Vaccination North-Western Provinces 1866-1877 - 1866-1877
Year: 1866
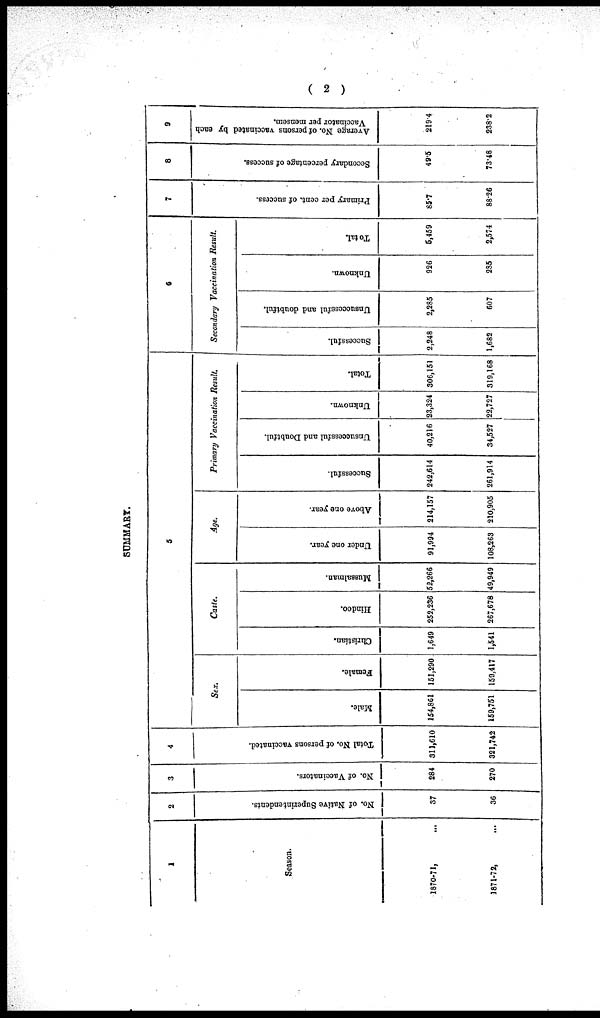
( 2 )
SUMMARY.
1
Season.
1870-71, ...
1871-72, ...
2
No. of Native Superintendents.
37
36
3
No. of Vaccinators.
284
270
4
Total No. of persons vaccinated.
311,610
321,742
5
Sex.
Male.
154,861
159,751
Female.
151,290
159,417
Caste.
Christian.
1,649
1,541
Hindoo.
252,236
267,678
Mussalman.
52,266
49,949
Age.
Under one year.
91,994
108,263
Above one year.
214,157
210,905
Primary Vaccination Result.
Successful.
242,614
261,914
Unsuccessful and Doubtful.
40,216
34,527
Unknown.
23,324
22,727
Total.
306,151
319,168
6
Secondary Vaccination Result.
Successful.
2,248
1,682
Uns uc c e s
s
f
ul and doubt f ul .
2,285
607
Un k n o wn .
926
285
Tot al .
5,459
2,574
7
Primary per cent. of success.
85.7
88.26
8
Secondary percentage of success.
49.5
73.48
9
Average No. of persons vaccinated by each
Vaccinator per mensem.
219.4
238.2